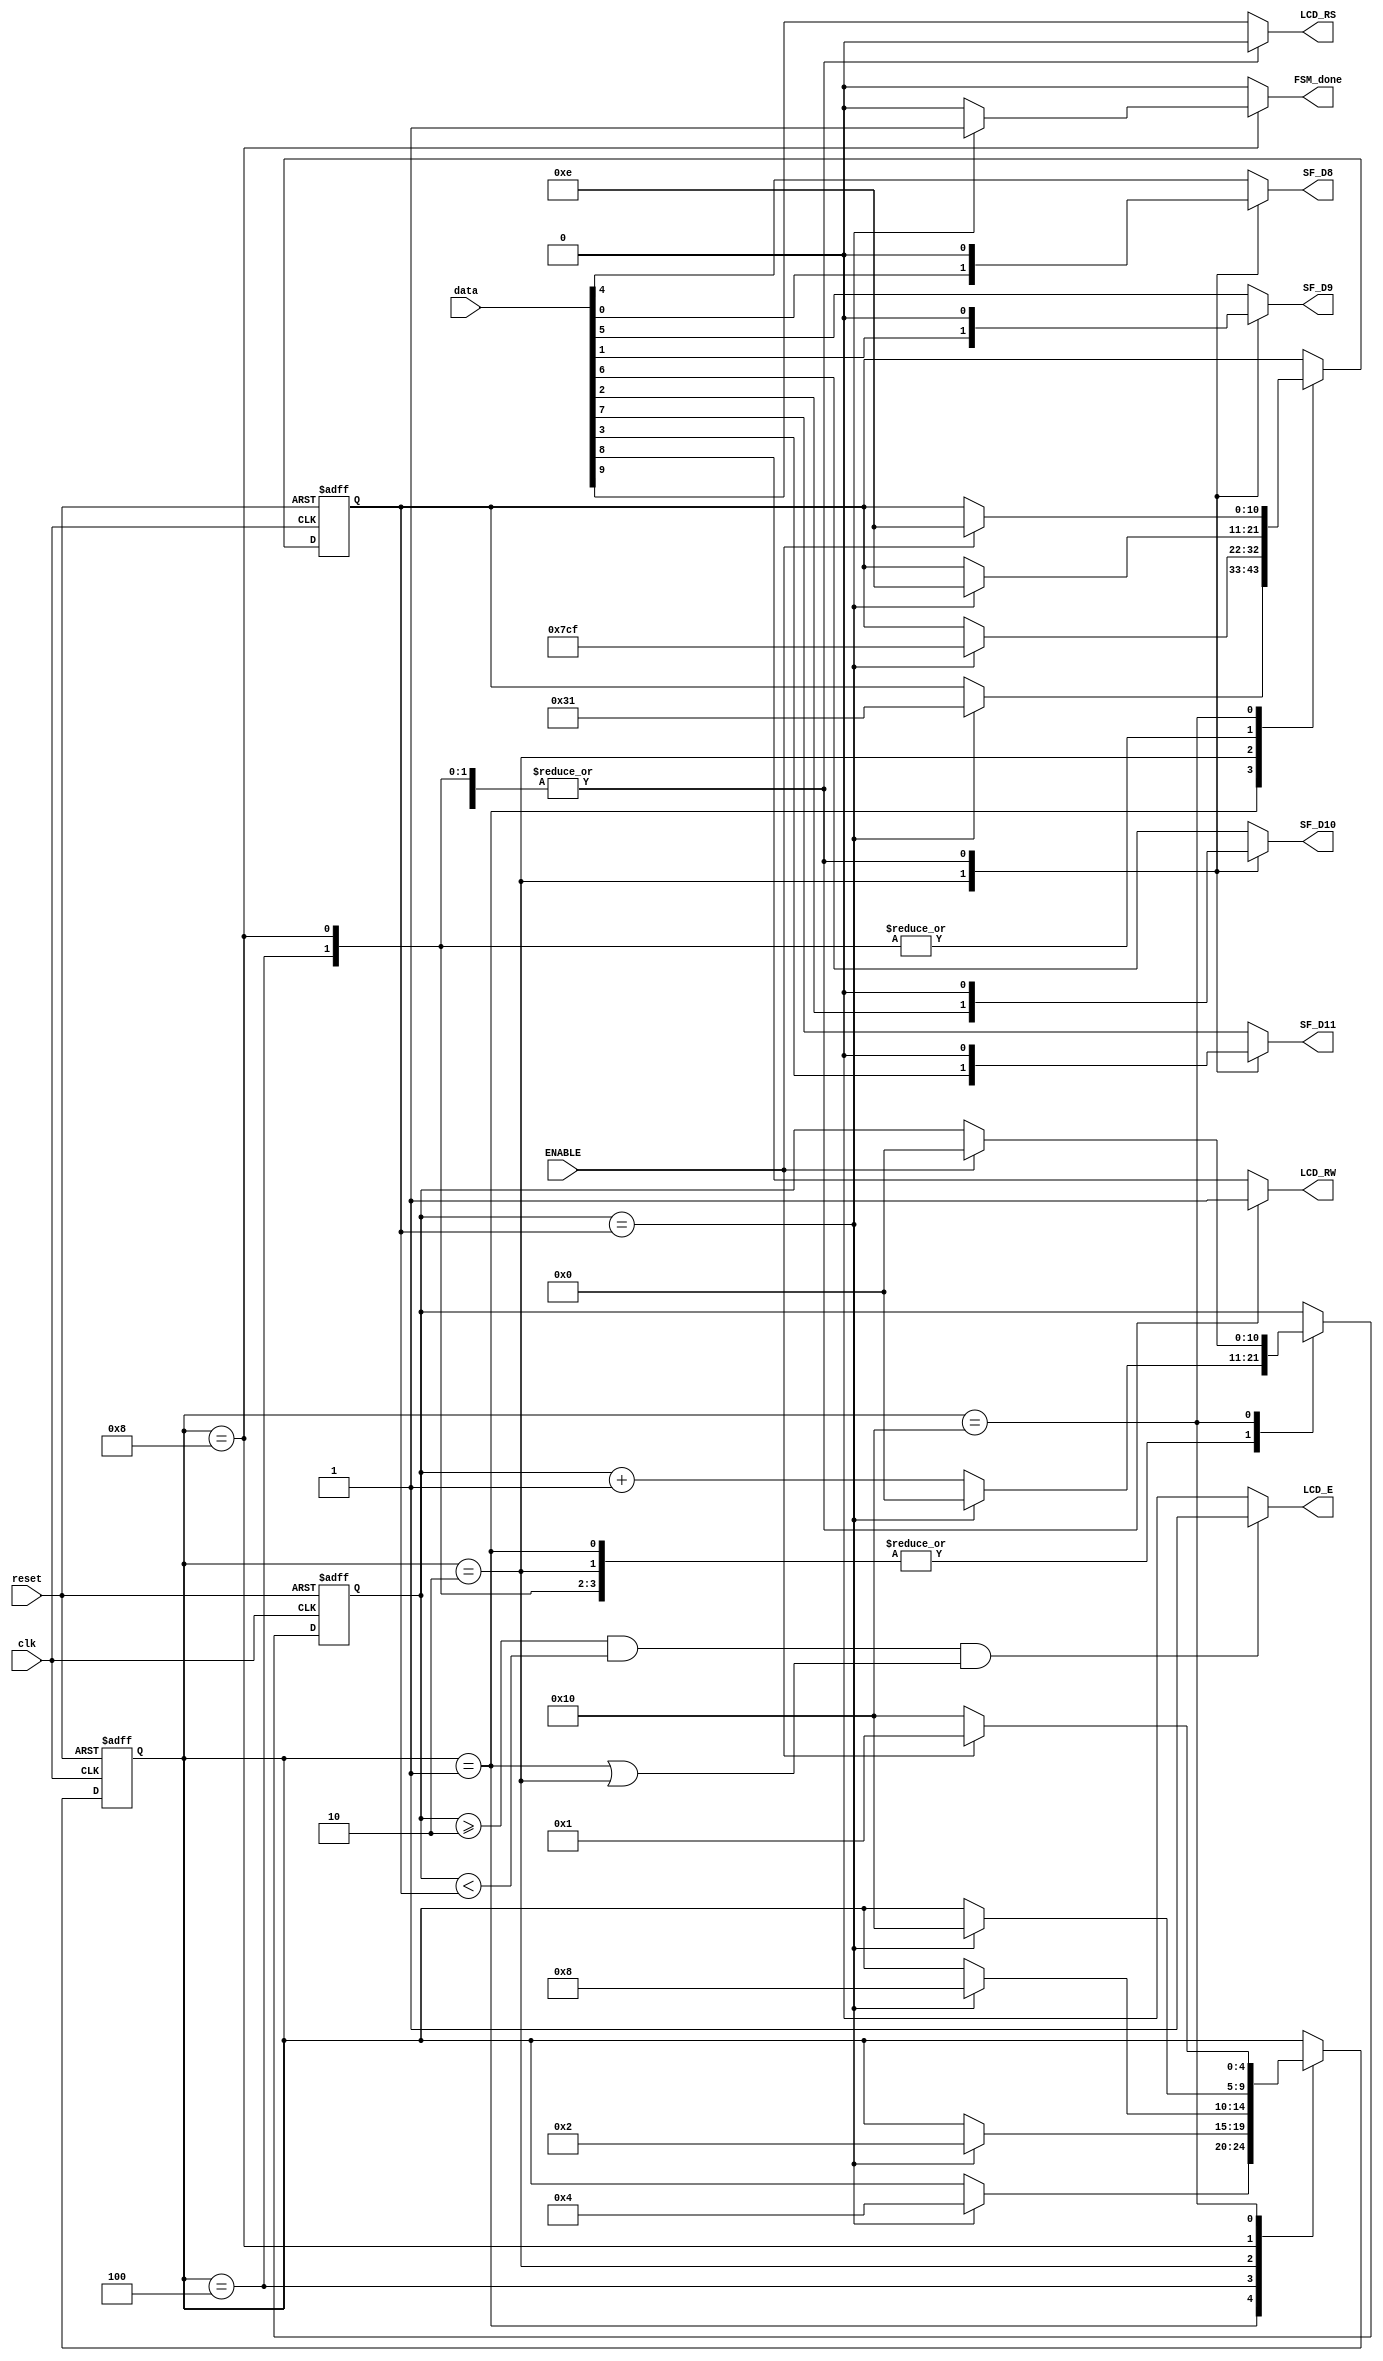
module instructionFSM(clk, reset, data, ENABLE, LCD_E, LCD_RS, LCD_RW, 
						SF_D8, SF_D9, SF_D10, SF_D11, FSM_done);

input clk, reset, ENABLE;
input [9:0] data;

output 		LCD_E;
output reg 	LCD_RS, LCD_RW, SF_D8, SF_D9, SF_D10, SF_D11, FSM_done;

reg [4:0]	state;
reg [10:0] 	counter, counter_max;

//1us = 50 cycles
//40us = 2000cycles
//40ns = 2 cycles
//230ns = 12cycles
//10ns = 1 cycles

parameter [4:0] TX_UPPER_FOUR_BITS	= 5'b00001;
parameter [4:0] TX_LOWER_FOUR_BITS	= 5'b00010;
parameter [4:0] LCD_E_FIRST_FALL	= 5'b00100;
parameter [4:0] LCD_E_SECOND_FALL	= 5'b01000;
parameter [4:0] INSTRUCTION_DONE	= 5'b10000;

always @(posedge clk or posedge reset)
begin
	if (reset) begin
		counter_max = 11'd14;
		counter = 11'd0;
		state = INSTRUCTION_DONE;
	end
	else begin
		case (state)
			TX_UPPER_FOUR_BITS: begin
				if(counter == counter_max) begin
					counter_max = 11'd49;
					counter = 11'd0;
					state = LCD_E_FIRST_FALL;
				end
				else
					counter = counter + 1;
			end
			LCD_E_FIRST_FALL: begin
				if(counter == counter_max) begin
					counter_max = 11'd14;
					counter = 11'd0;
					state = TX_LOWER_FOUR_BITS;
				end
				else
					counter = counter + 1;
			end
			TX_LOWER_FOUR_BITS: begin
				if(counter == counter_max) begin
					counter_max = 11'd1999;
					counter = 11'd0;
					state = LCD_E_SECOND_FALL;
				end
				else
					counter = counter + 1;
			end
			LCD_E_SECOND_FALL: begin
				if(counter == counter_max) begin
					counter_max = 11'd14;
					counter = 11'd0;
					state = INSTRUCTION_DONE;
				end
				else
					counter = counter + 1;
			end
			INSTRUCTION_DONE: begin
				if(ENABLE) begin
					counter_max = 11'd14;
					counter = 11'd0;
					state = TX_UPPER_FOUR_BITS;
				end
				else
					state = INSTRUCTION_DONE;
			end
		endcase
	end
end

always @(*)
begin
	LCD_RS 	= data[9];
	LCD_RW	= data[8];
	SF_D11	= data[7];
	SF_D10	= data[6];
	SF_D9	= data[5];
	SF_D8	= data[4];
	FSM_done = 0;
	case (state)
		TX_UPPER_FOUR_BITS: begin
			LCD_RS = data[9];
			LCD_RW = data[8];
			SF_D11 = data[7];
			SF_D10 = data[6];
			SF_D9 = data[5];
			SF_D8 = data[4];
		end
		LCD_E_FIRST_FALL: begin
			LCD_RS = 1'b0;
			LCD_RW = 1'b1;
			SF_D11 = 0;
			SF_D10 = 0;
			SF_D9 = 0;
			SF_D8 = 0;
		end
		TX_LOWER_FOUR_BITS: begin
			LCD_RS = data[9];
			LCD_RW = data[8];
			SF_D11 = data[3];
			SF_D10 = data[2];
			SF_D9 = data[1];
			SF_D8 = data[0];
		end
		LCD_E_SECOND_FALL: begin
			if(counter == counter_max) begin
				FSM_done = 1;
			end
			LCD_RS = 1'b0;
			LCD_RW = 1'b1;
			SF_D11 = 0;
			SF_D10 = 0;
			SF_D9 = 0;
			SF_D8 = 0;
		end
		INSTRUCTION_DONE: begin
			LCD_RS = 1'b0;
			LCD_RW = 1'b1;
			SF_D11 = 0;
			SF_D10 = 0;
			SF_D9 = 0;
			SF_D8 = 0;
		end
	endcase
end

assign LCD_E = (((counter >= 2) && (counter < counter_max)) && 
				((state == TX_UPPER_FOUR_BITS) || (state == TX_LOWER_FOUR_BITS))) ? 1 : 0;

endmodule